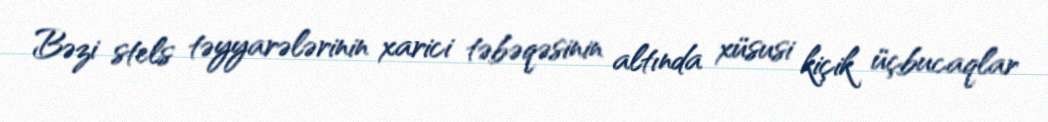
Bəzi stels təyyarələrinin xarici təbəqəsinin altında xüsusi kiçik üçbucaqlar